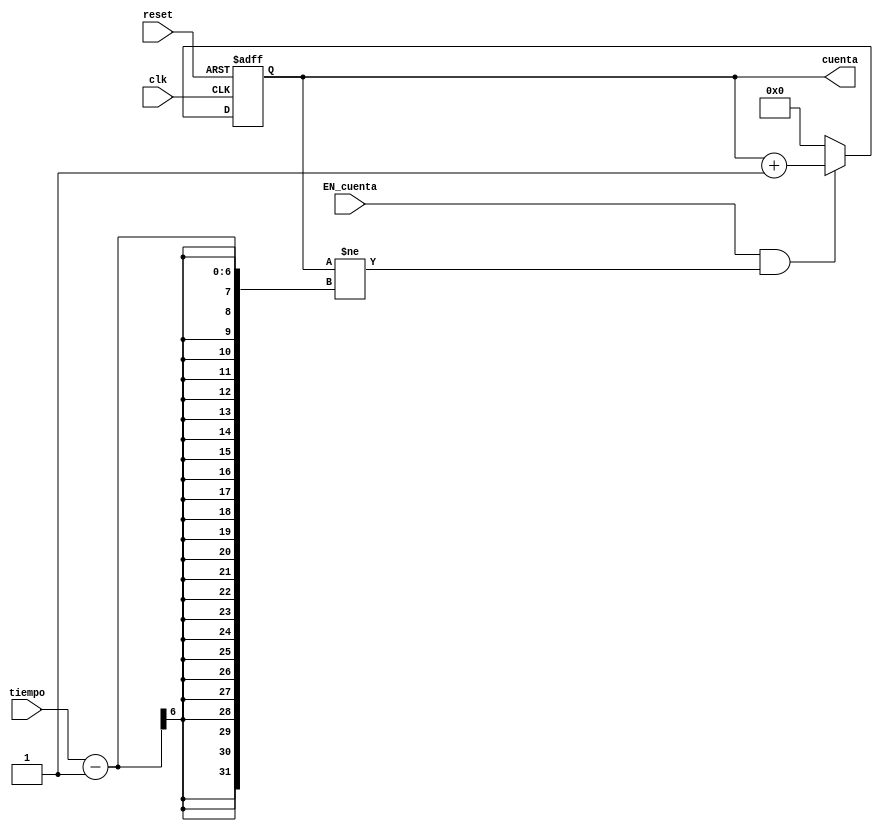
`timescale 1ns / 1ps
//////////////////////////////////////////////////////////////////////////////////
// Company: 
// Engineer: 
// 
// Design Name: 
// Module Name:    ciclo_interno 
// Project Name: 
// Target Devices: 
// Tool versions: 
// Description: 
//
// Dependencies: 
//
// Revision: 
// Revision 0.01 - File Created
// Additional Comments: 
//
//////////////////////////////////////////////////////////////////////////////////
module ciclo_interno(
	input wire clk, reset, EN_cuenta, 
	input wire [5:0] tiempo,
	output wire [4:0] cuenta
    );

	reg [4:0] cuenta_reg;
	
	always @(posedge clk, posedge reset)
	if (reset) cuenta_reg <= 1'b0;
	else
		begin
			if (EN_cuenta & cuenta_reg!=(tiempo-1)) cuenta_reg <= cuenta_reg + 1'b1;
			else cuenta_reg <= 1'b0;
		end
			
	assign cuenta = cuenta_reg;

endmodule